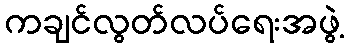
ကချင်လွတ်လပ်ရေးအဖွဲ့